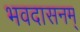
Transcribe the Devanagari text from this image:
भवदासनम्